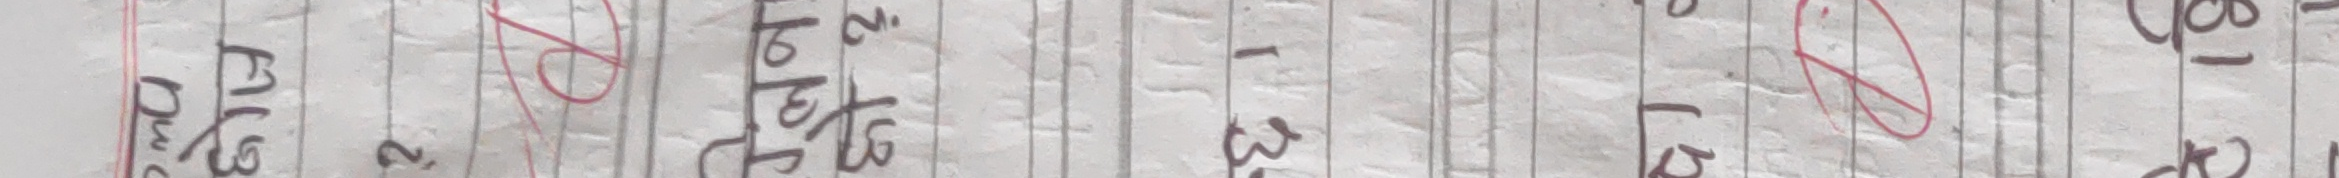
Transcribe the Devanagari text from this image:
भु० २२०